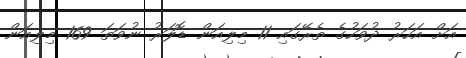
އަށް އަހަރު ދުވަހުގެ ތެރޭގައި 11 މިލިއަން ޑޮލަރު ނުވަތަ 169 މިލިއަން